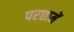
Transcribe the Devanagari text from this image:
परछामें